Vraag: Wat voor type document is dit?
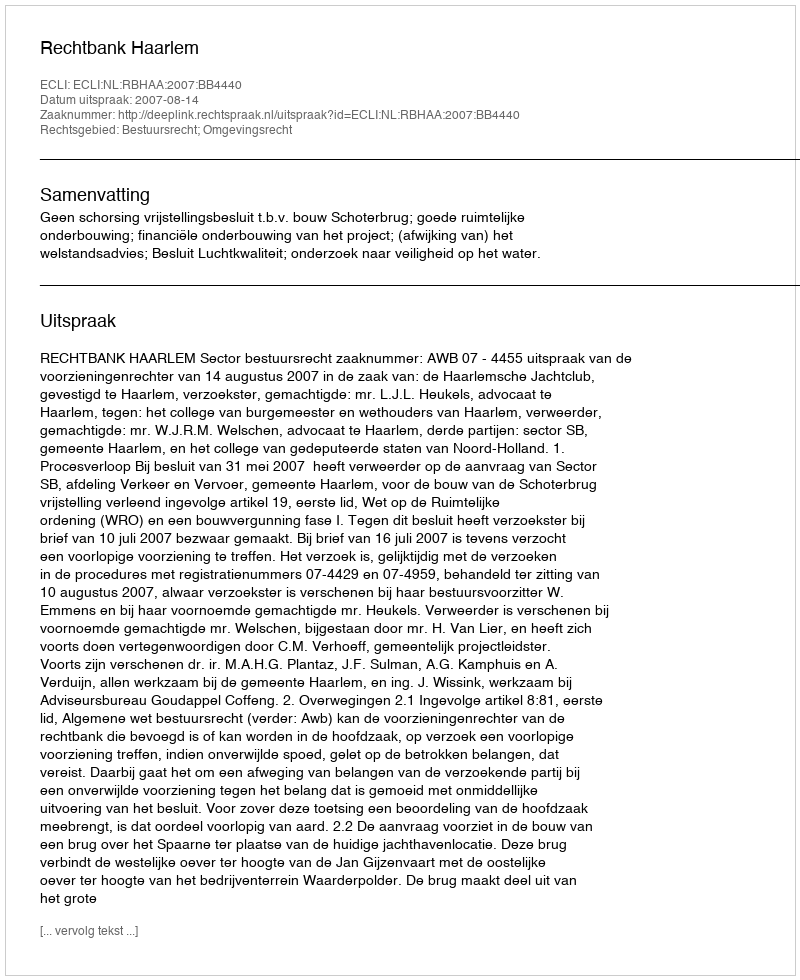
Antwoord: Uitspraak